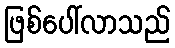
ဖြစ်ပေါ်လာသည်